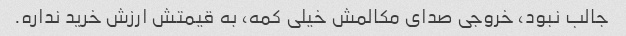
جالب نبود، خروجی صدای مکالمش خیلی کمه، به قیمتش ارزش خرید نداره.